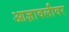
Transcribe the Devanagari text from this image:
आज्ञावलीवर